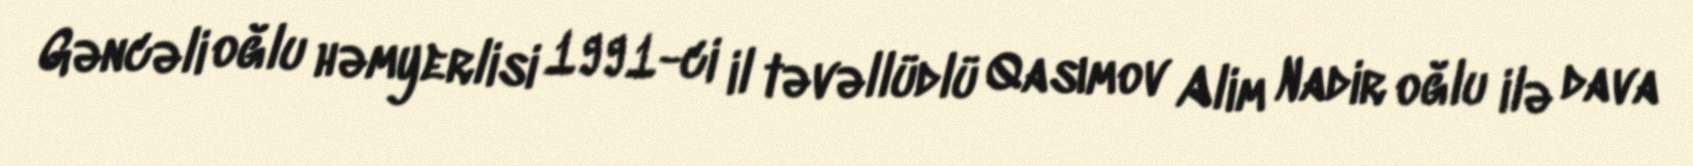
Gəncəli oğlu həmyerlisi 1991-ci il təvəllüdlü Qasımov Alim Nadir oğlu ilə dava